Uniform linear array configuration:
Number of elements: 24
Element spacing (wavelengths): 0.25
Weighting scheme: cosine
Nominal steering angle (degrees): -30
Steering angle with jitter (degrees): -31.037
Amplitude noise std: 0.05
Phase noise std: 0.05

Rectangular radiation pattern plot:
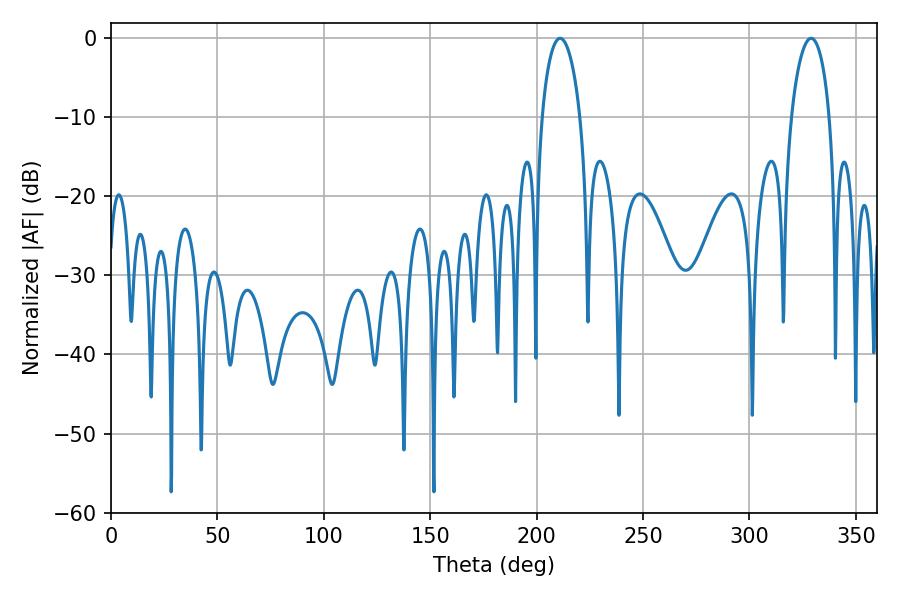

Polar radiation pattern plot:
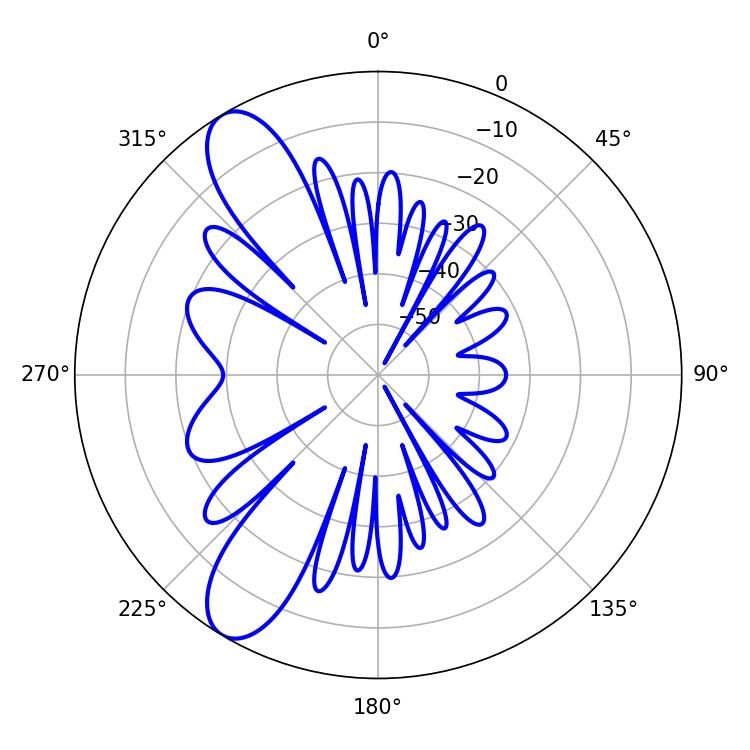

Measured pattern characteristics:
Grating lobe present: FALSE
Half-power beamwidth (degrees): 10.26
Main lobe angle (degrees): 210.96